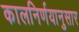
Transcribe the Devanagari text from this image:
कालनिर्णयानुसार